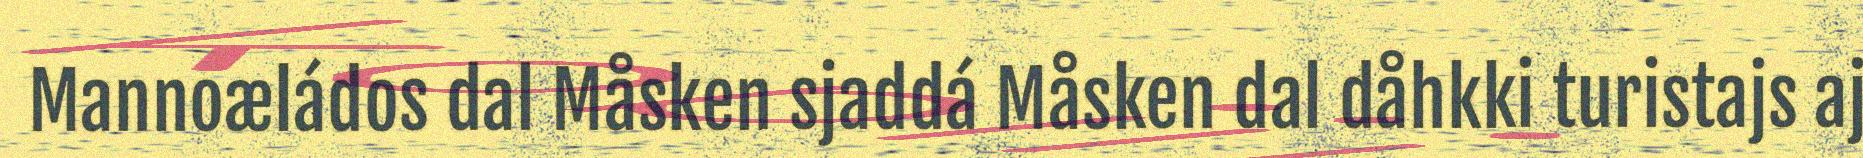
Mannoæládos dal Måsken sjaddá Måsken dal dåhkki turistajs aj